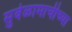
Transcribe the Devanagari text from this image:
सुवेळामाचीच्या